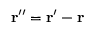
\mathbf { r } ^ { \prime \prime } = \mathbf { r } ^ { \prime } - \mathbf { r }